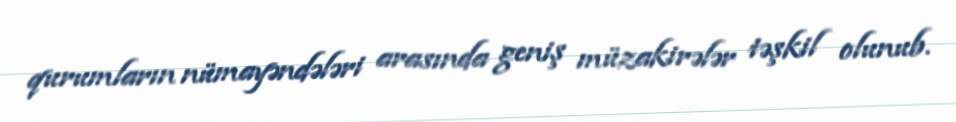
qurumların nümayəndələri arasında geniş müzakirələr təşkil olunub.